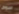
سوف